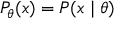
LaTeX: P _ { \theta } ( x ) = P ( x \mid \theta )